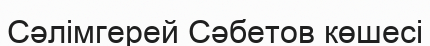
Сәлімгерей Сәбетов көшесі